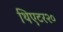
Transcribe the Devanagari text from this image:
थिएटर२०